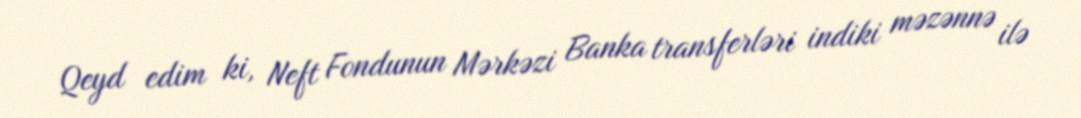
Qeyd edim ki, Neft Fondunun Mərkəzi Banka transferləri indiki məzənnə ilə